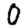
Digit: 0